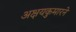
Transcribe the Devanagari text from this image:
अक्षयकुमारने